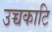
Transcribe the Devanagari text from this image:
उच्चकाटि